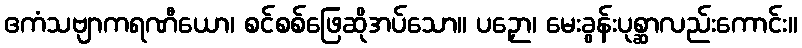
ဧကံသဗျာကရဏီယော၊ စင်စစ်ဖြေဆိုအပ်သော။ ပဉှော၊ မေးခွန်းပုစ္ဆာလည်းကောင်း။